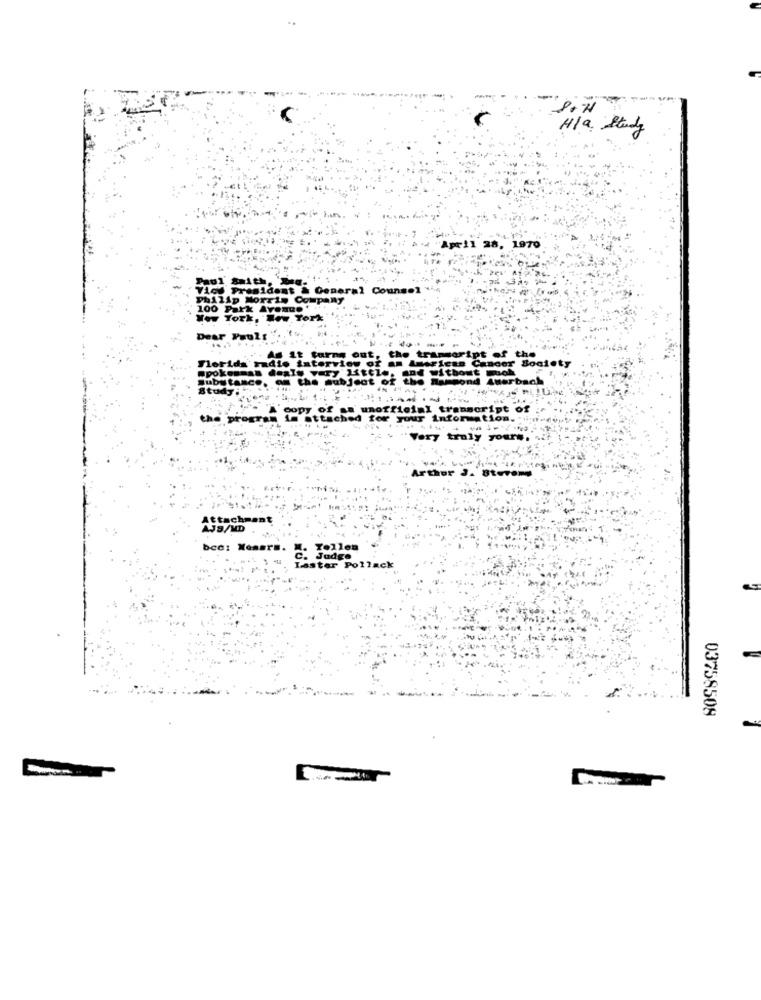
-
H /a Study
April 28, 1970
Paul Smith, Me-
Vice President & General Counsel *4.4
Philip Morris Company
100 Park Avenue '
Wow York, New York
. ..
Dear Paul:"
Florida radio interview of
it turns out, che
Fipt .
LaGer Society
the
spokesman dealy very ftel
Substance, on the subject
Herbach
udy:
the program opziof e- mofficial transcript of
TOUT
Very truly yours
Arthor
Attachment
AJS/MD
bcc: Menar
Tollen
Judge
Laster Pollack
03758509